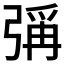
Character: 𪫁